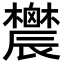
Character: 𨑋